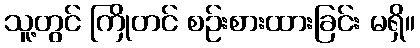
သူ့တွင် ကြိုတင် စဉ်းစားထားခြင်း မရှိ။